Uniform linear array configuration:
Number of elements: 32
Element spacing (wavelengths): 0.5
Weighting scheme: uniform
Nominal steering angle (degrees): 0
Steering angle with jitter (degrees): -1.376
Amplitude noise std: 0.05
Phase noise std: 0.05

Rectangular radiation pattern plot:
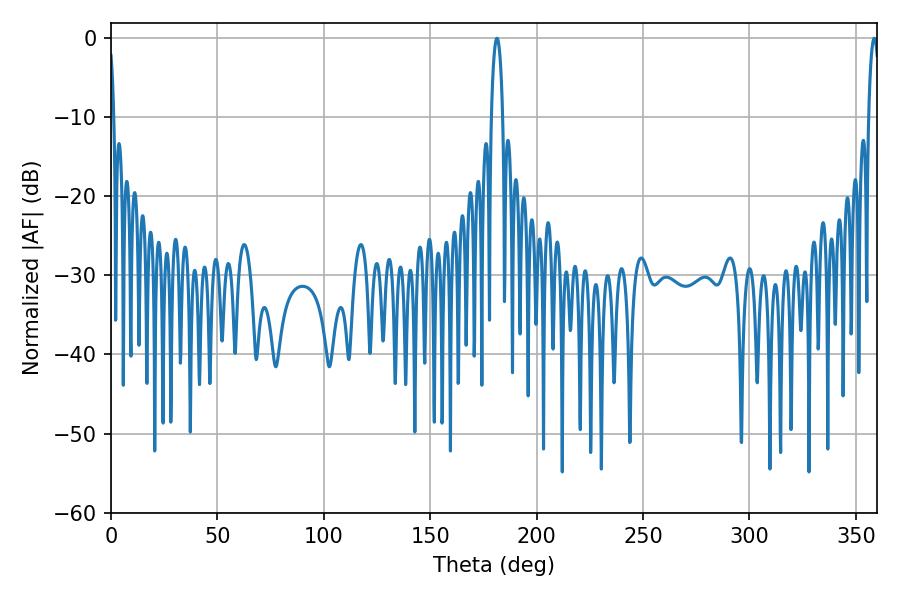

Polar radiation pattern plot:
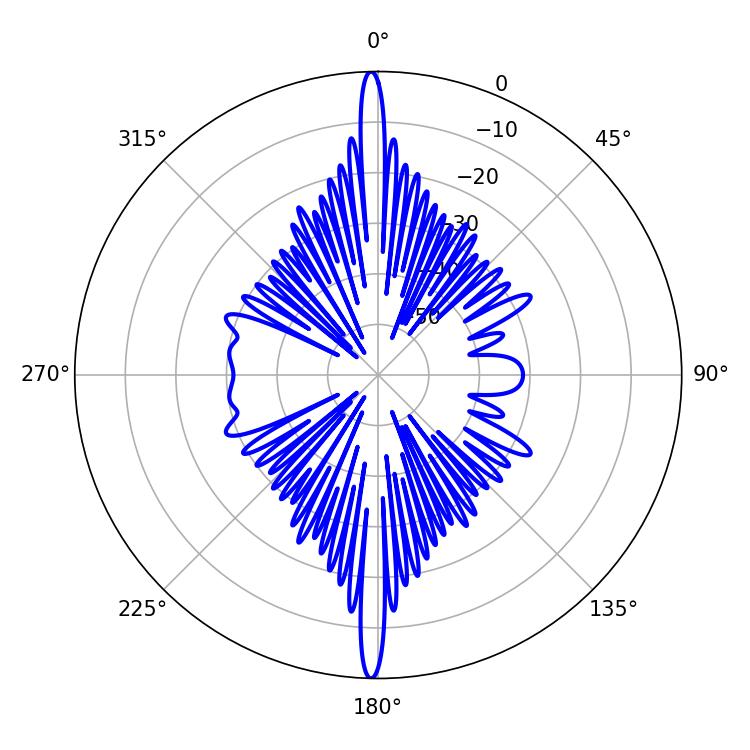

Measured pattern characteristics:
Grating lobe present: FALSE
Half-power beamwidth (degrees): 2.88
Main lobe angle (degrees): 358.56